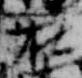
在